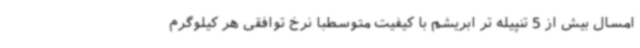
امسال بیش از 5 تنپیله تر ابریشم با کیفیت متوسطبا نرخ توافقی هر کیلوگرم